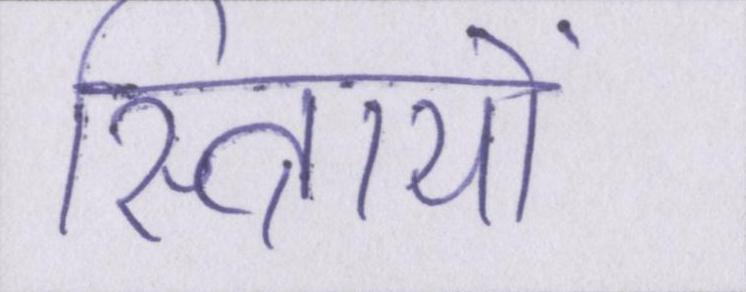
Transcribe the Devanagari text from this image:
स्त्रिायों